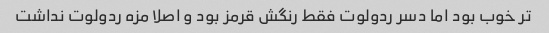
تر خوب بود اما دسر ردولوت فقط رنگش قرمز بود و اصلا مزه ردولوت نداشت